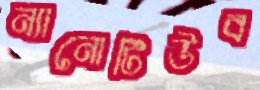
ন্যানোটিউব